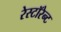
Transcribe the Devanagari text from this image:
रेस्टॉरेन्ट